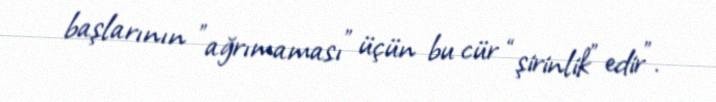
başlarının ”ağrımaması" üçün bu cür “şirinlik” edir".